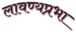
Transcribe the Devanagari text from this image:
लावण्यप्रभा